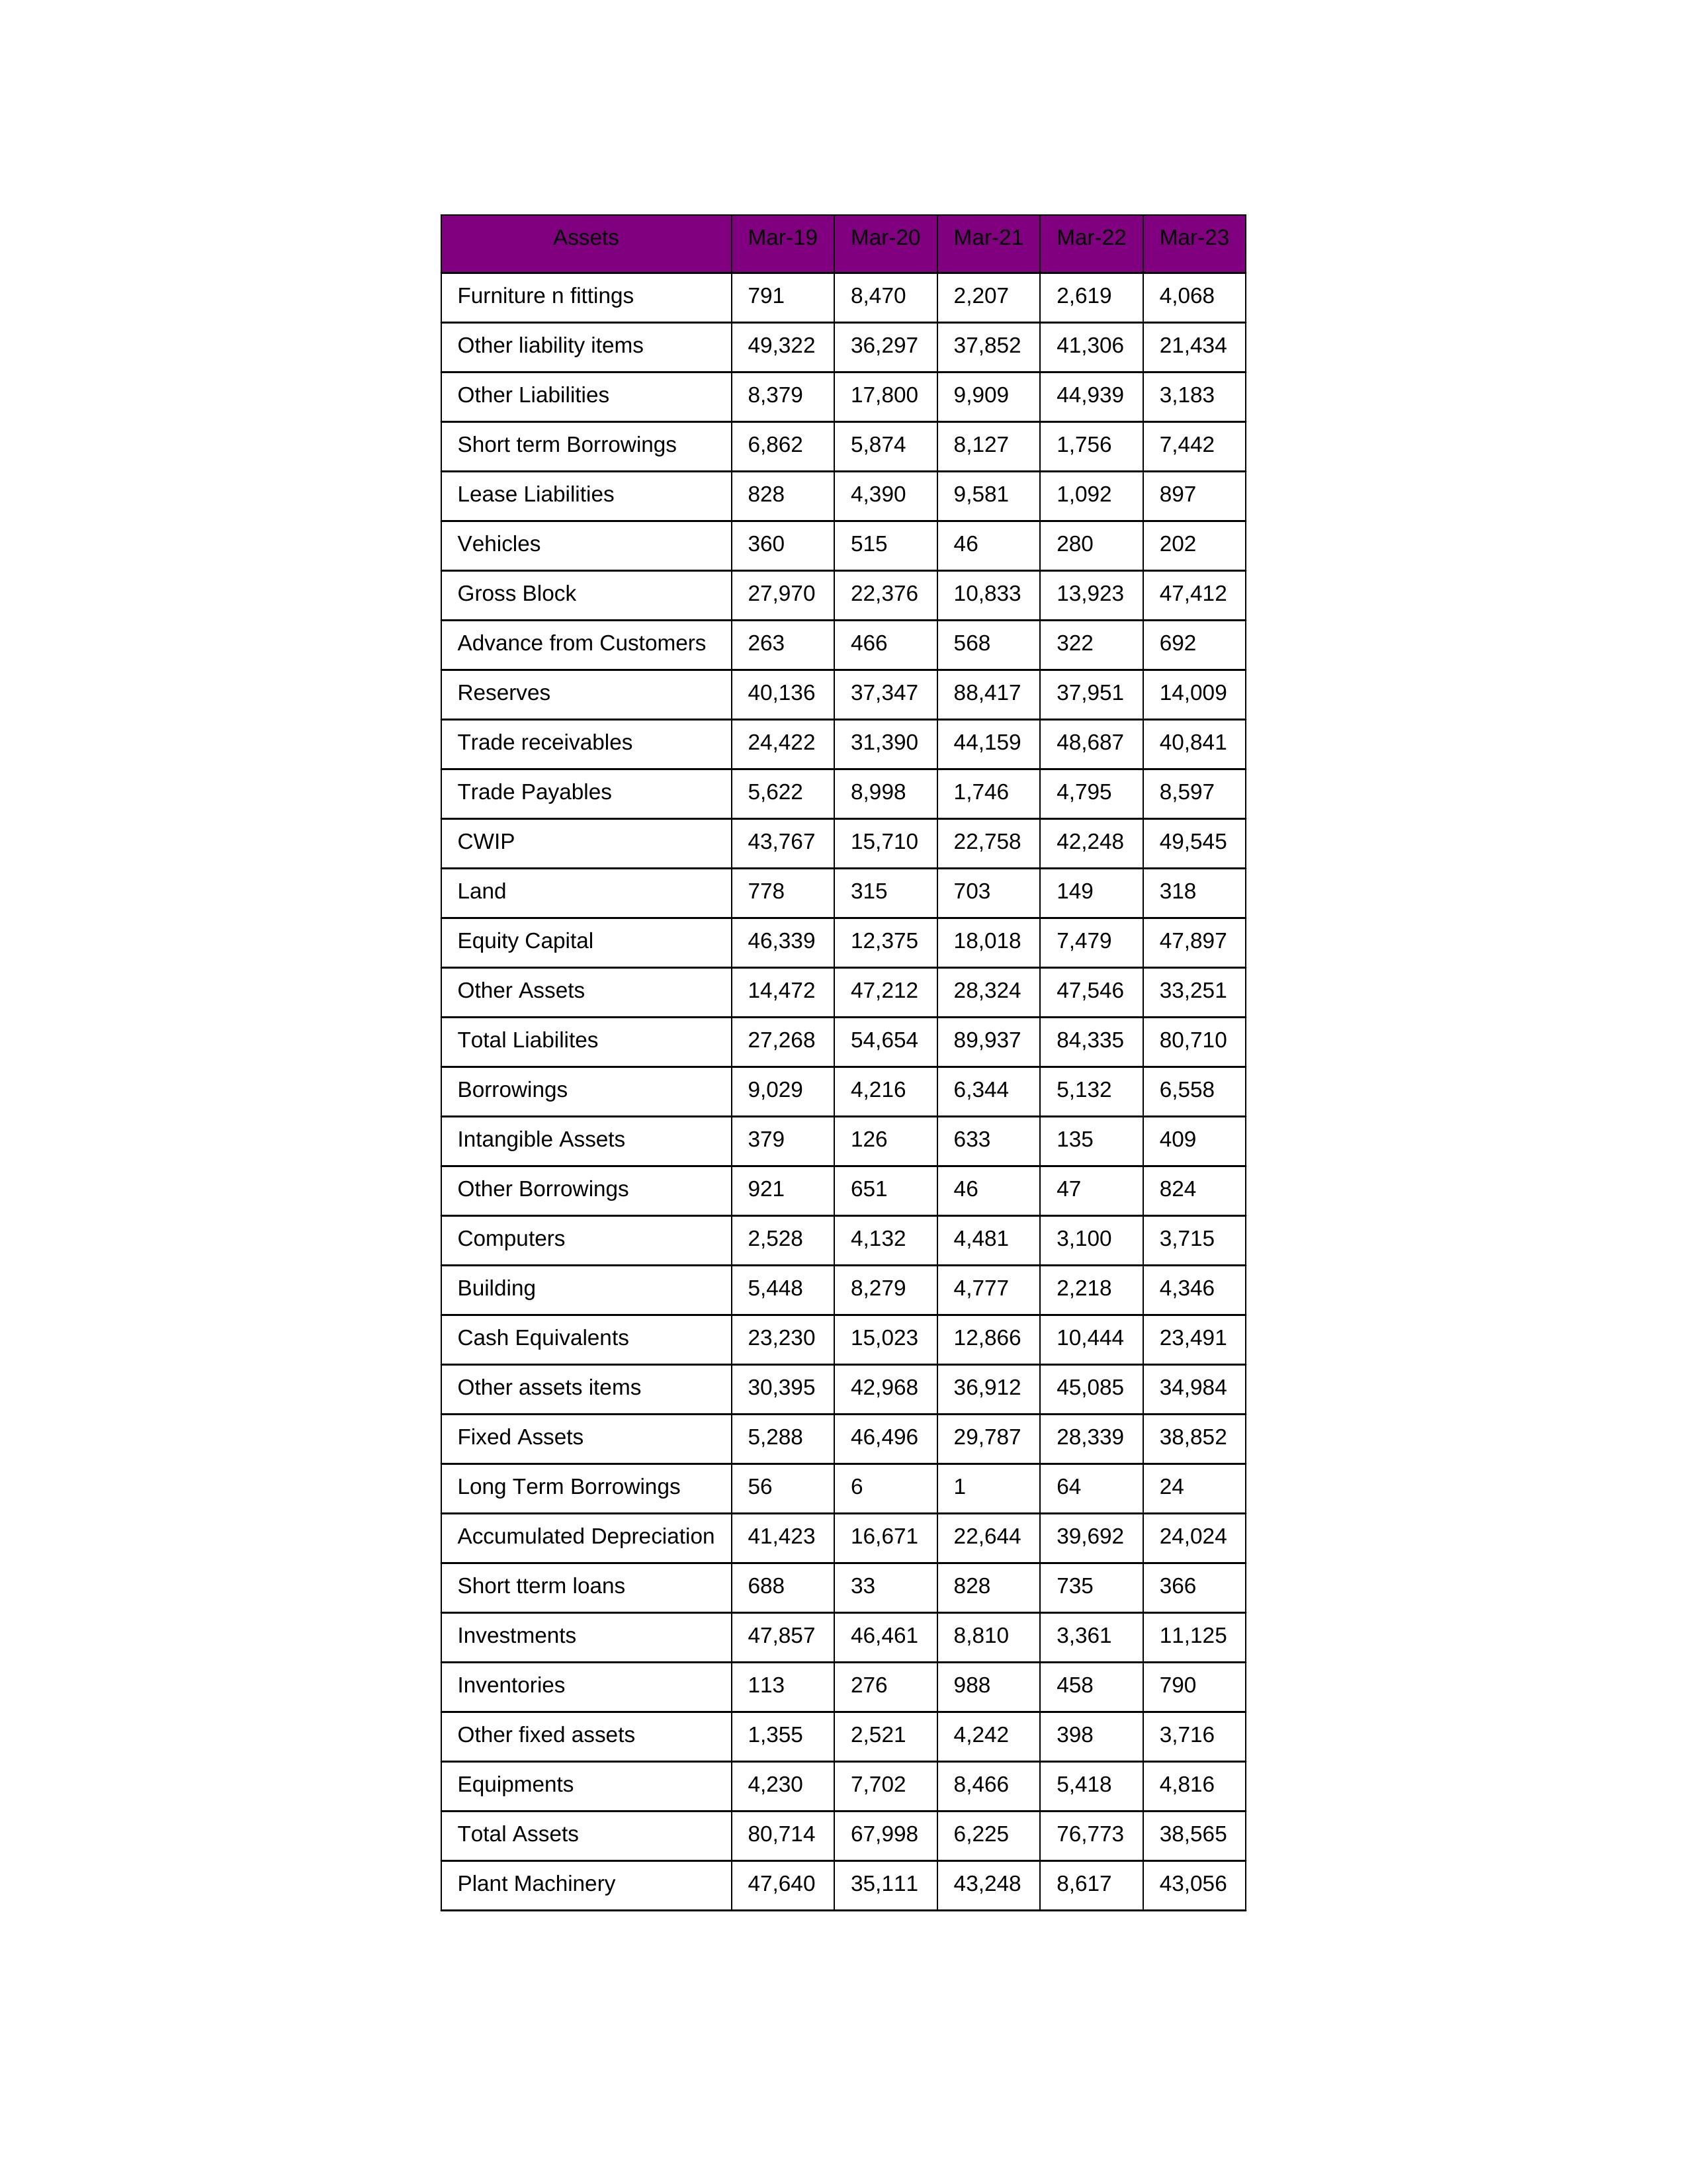
gt_parse: Mar-19: Equity Capital: 46,339
Reserves: 40,136
Borrowings: 9,029
Long Term Borrowings: 56
Short term Borrowings: 6,862
Lease Liabilities: 828
Other Borrowings: 921
Other Liabilities: 8,379
Trade Payables: 5,622
Advance from Customers: 263
Other liability items: 49,322
Total Liabilites: 27,268
Fixed Assets: 5,288
Land: 778
Building: 5,448
Plant Machinery: 47,640
Equipments: 4,230
Computers: 2,528
Furniture n fittings: 791
Vehicles: 360
Intangible Assets: 379
Other fixed assets: 1,355
Gross Block: 27,970
Accumulated Depreciation: 41,423
CWIP: 43,767
Investments: 47,857
Other Assets: 14,472
Inventories: 113
Trade receivables: 24,422
Cash Equivalents: 23,230
Short tterm loans: 688
Other assets items: 30,395
Total Assets: 80,714
Mar-20: Equity Capital: 12,375
Reserves: 37,347
Borrowings: 4,216
Long Term Borrowings: 6
Short term Borrowings: 5,874
Lease Liabilities: 4,390
Other Borrowings: 651
Other Liabilities: 17,800
Trade Payables: 8,998
Advance from Customers: 466
Other liability items: 36,297
Total Liabilites: 54,654
Fixed Assets: 46,496
Land: 315
Building: 8,279
Plant Machinery: 35,111
Equipments: 7,702
Computers: 4,132
Furniture n fittings: 8,470
Vehicles: 515
Intangible Assets: 126
Other fixed assets: 2,521
Gross Block: 22,376
Accumulated Depreciation: 16,671
CWIP: 15,710
Investments: 46,461
Other Assets: 47,212
Inventories: 276
Trade receivables: 31,390
Cash Equivalents: 15,023
Short tterm loans: 33
Other assets items: 42,968
Total Assets: 67,998
Mar-21: Equity Capital: 18,018
Reserves: 88,417
Borrowings: 6,344
Long Term Borrowings: 1
Short term Borrowings: 8,127
Lease Liabilities: 9,581
Other Borrowings: 46
Other Liabilities: 9,909
Trade Payables: 1,746
Advance from Customers: 568
Other liability items: 37,852
Total Liabilites: 89,937
Fixed Assets: 29,787
Land: 703
Building: 4,777
Plant Machinery: 43,248
Equipments: 8,466
Computers: 4,481
Furniture n fittings: 2,207
Vehicles: 46
Intangible Assets: 633
Other fixed assets: 4,242
Gross Block: 10,833
Accumulated Depreciation: 22,644
CWIP: 22,758
Investments: 8,810
Other Assets: 28,324
Inventories: 988
Trade receivables: 44,159
Cash Equivalents: 12,866
Short tterm loans: 828
Other assets items: 36,912
Total Assets: 6,225
Mar-22: Equity Capital: 7,479
Reserves: 37,951
Borrowings: 5,132
Long Term Borrowings: 64
Short term Borrowings: 1,756
Lease Liabilities: 1,092
Other Borrowings: 47
Other Liabilities: 44,939
Trade Payables: 4,795
Advance from Customers: 322
Other liability items: 41,306
Total Liabilites: 84,335
Fixed Assets: 28,339
Land: 149
Building: 2,218
Plant Machinery: 8,617
Equipments: 5,418
Computers: 3,100
Furniture n fittings: 2,619
Vehicles: 280
Intangible Assets: 135
Other fixed assets: 398
Gross Block: 13,923
Accumulated Depreciation: 39,692
CWIP: 42,248
Investments: 3,361
Other Assets: 47,546
Inventories: 458
Trade receivables: 48,687
Cash Equivalents: 10,444
Short tterm loans: 735
Other assets items: 45,085
Total Assets: 76,773
Mar-23: Equity Capital: 47,897
Reserves: 14,009
Borrowings: 6,558
Long Term Borrowings: 24
Short term Borrowings: 7,442
Lease Liabilities: 897
Other Borrowings: 824
Other Liabilities: 3,183
Trade Payables: 8,597
Advance from Customers: 692
Other liability items: 21,434
Total Liabilites: 80,710
Fixed Assets: 38,852
Land: 318
Building: 4,346
Plant Machinery: 43,056
Equipments: 4,816
Computers: 3,715
Furniture n fittings: 4,068
Vehicles: 202
Intangible Assets: 409
Other fixed assets: 3,716
Gross Block: 47,412
Accumulated Depreciation: 24,024
CWIP: 49,545
Investments: 11,125
Other Assets: 33,251
Inventories: 790
Trade receivables: 40,841
Cash Equivalents: 23,491
Short tterm loans: 366
Other assets items: 34,984
Total Assets: 38,565